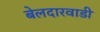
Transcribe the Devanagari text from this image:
बेलदारवाडी